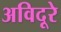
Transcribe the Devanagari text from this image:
अविदूरे